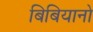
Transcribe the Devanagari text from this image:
बिबियानो